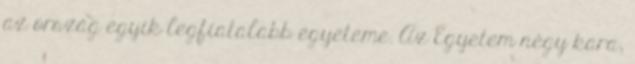
az ország egyik legfiatalabb egyeteme. Az Egyetem négy kara,